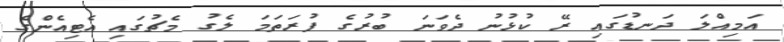
އަމިއްލަ ދަނޑުގައި ރޭ ކުޅުނު ދެވަނަ ބުރުގެ ފުރަތަމަ ލެގު މެޗުގައި އެޓިއެންގެ